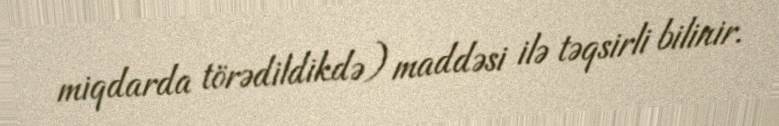
miqdarda törədildikdə) maddəsi ilə təqsirli bilinir.